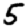
Digit: 5